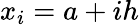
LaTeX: x_{i}=a+ih